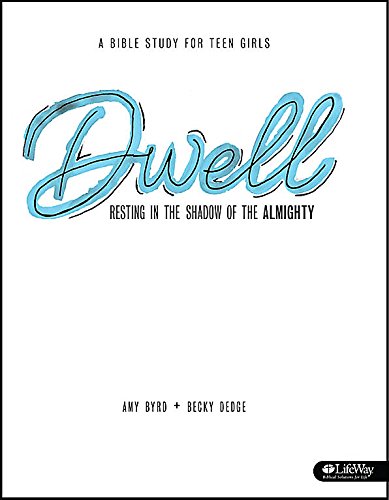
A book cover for Dwell: Resting in the Shadow of the Almighty: A Bible Study for Teen Girls; Amy Byrd; Christian Books & Bibles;